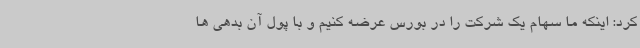
کرد: اینکه ما سهام یک شرکت را در بورس عرضه کنیم و با پول آن بدهی ها